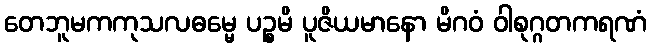
တေဘူမကကုသလဓမ္မေ ပဉ္စမိ ပူဇိယမာနော မိဂဝံ ဝါစုဂ္ဂတကရဏံ